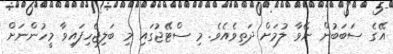
އޭގެ ސަބަބުން ނޭވާ ލުމަށް ދަތިވެއެވެ. މި ސްޓޭޖުގައި މި ބަލިޖެހިފައިވާ މީހުންނަށް